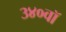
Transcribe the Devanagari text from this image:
३४०वॉ